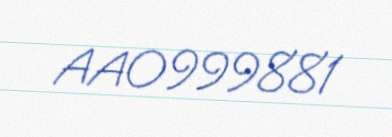
AA0999881